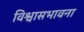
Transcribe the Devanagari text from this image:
विश्वासभावना